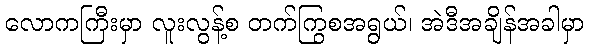
လောကကြီးမှာ လူးလွန့်စ တက်ကြွစအရွယ်၊ အဲဒီအချိန်အခါမှာ